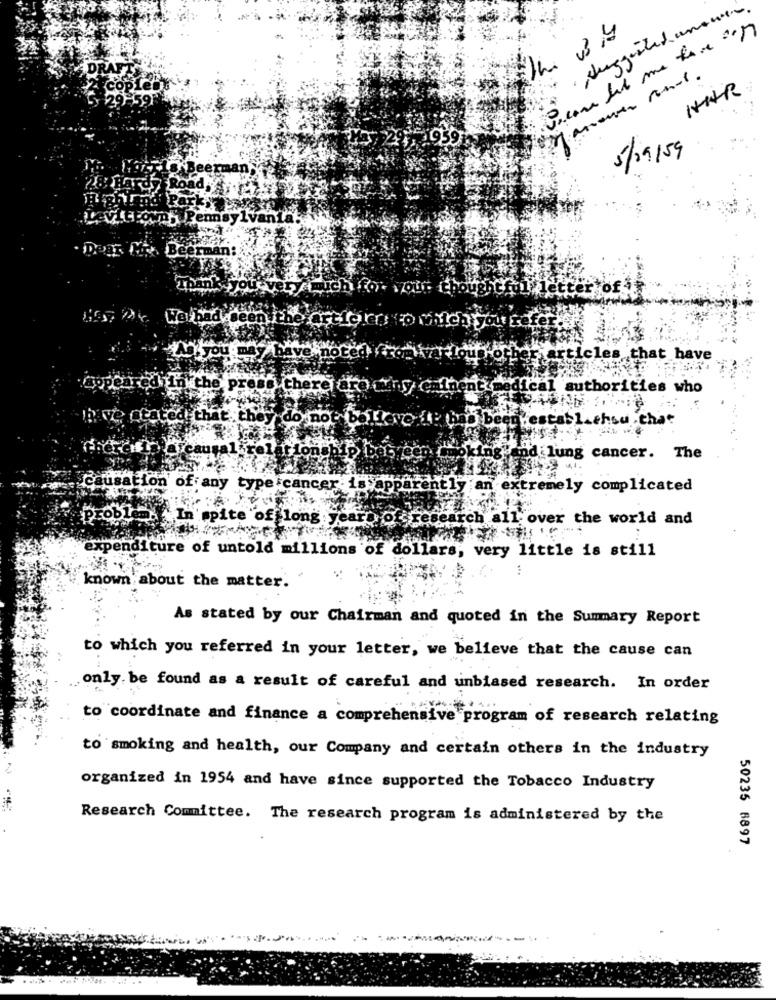
· suggested anacer.
5/09/59
Beerman:
much
out ithoughts
We
Icles that have
the
al authorities who
!that the
notb
beet .establ.thsu.that
king and lung cancer. The
causation of any type cancer is apparently
xtremely complicated
research all over the world and
Problem. In spite of long year of
Expenditure of untold millions of dollars, very little is still
known about the matter.
As stated by our Chairman and quoted in the Summary Report
to which you referred in your letter, we believe that the cause can
only. be found as a result of careful and unbiased research. In order
to coordinate and finance a comprehensive program of research relating
to smoking and health, our Company and certain others in the industry
organized in 1954 and have since supported the Tobacco Industry
Research Committee. The research program is administered by the
50235 6897